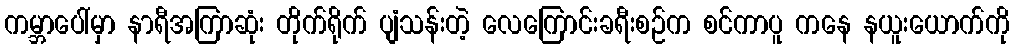
ကမ္ဘာပေါ်မှာ နာရီအကြာဆုံး တိုက်ရိုက် ပျံသန်းတဲ့ လေကြောင်းခရီးစဉ်က စင်ကာပူ ကနေ နယူးယောက်ကို